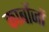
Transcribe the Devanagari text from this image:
कार्बोजों